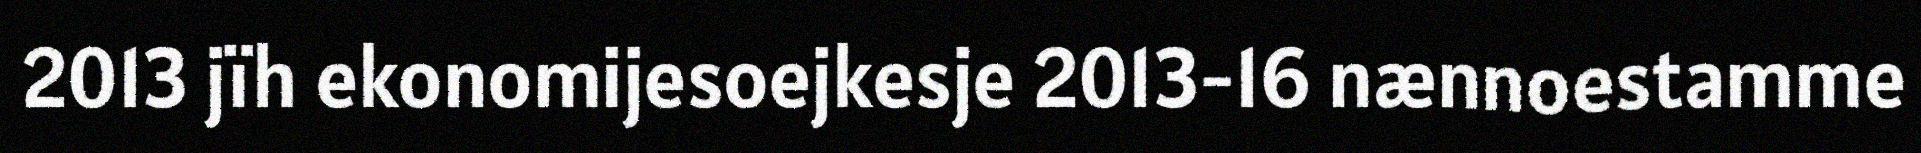
2013 jïh ekonomijesoejkesje 2013-16 nænnoestamme